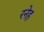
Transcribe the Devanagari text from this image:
रनेह